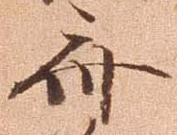
斎